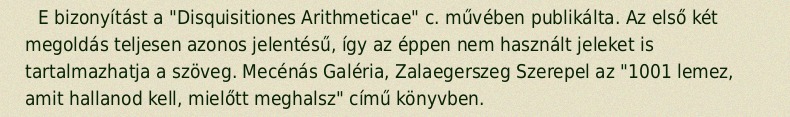
E bizonyítást a "Disquisitiones Arithmeticae" c. művében publikálta. Az első két megoldás teljesen azonos jelentésű, így az éppen nem használt jeleket is tartalmazhatja a szöveg. Mecénás Galéria, Zalaegerszeg Szerepel az "1001 lemez, amit hallanod kell, mielőtt meghalsz" című könyvben.